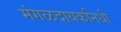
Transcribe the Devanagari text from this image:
मंगळदायकनिधी